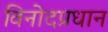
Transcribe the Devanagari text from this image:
विनोदप्रधान